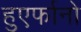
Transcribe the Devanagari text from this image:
हुएर्फानो